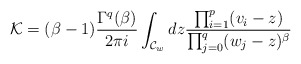
\begin{align*}{\cal K}=(\beta-1)\frac{\Gamma^q(\beta)}{2\pi i}\int_{{\cal C}_w} dz \frac{\prod_{i=1}^p (v_i-z)}{\prod_{j=0}^q (w_j-z)^\beta}\end{align*}